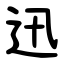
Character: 迅